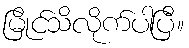
မြိုင်သိလိုက်ပါပြီ။